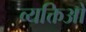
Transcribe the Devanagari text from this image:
व्यक्तिओ